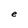
Character: e